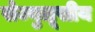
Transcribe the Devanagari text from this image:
सेज्युलूसीय